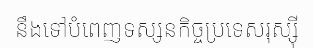
នឹងទៅបំពេញទស្សនកិច្ចប្រទេសរុស្ស៊ី